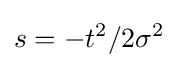
s=-t^{2}/2\sigma ^{2}